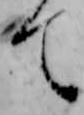
て